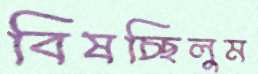
বিষচ্ছিলুম